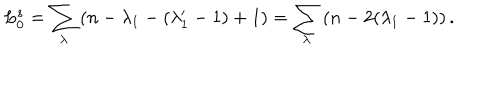
LaTeX: L _ { 0 } ^ { s } = \sum _ { \lambda } \left( n - \lambda _ { 1 } - ( \lambda _ { 1 } ^ { \prime } - 1 ) + 1 \right) = \sum _ { \lambda } \left( n - 2 ( \lambda _ { 1 } - 1 ) \right) { } .